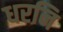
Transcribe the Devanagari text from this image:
धरनि